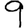
Digit: 9